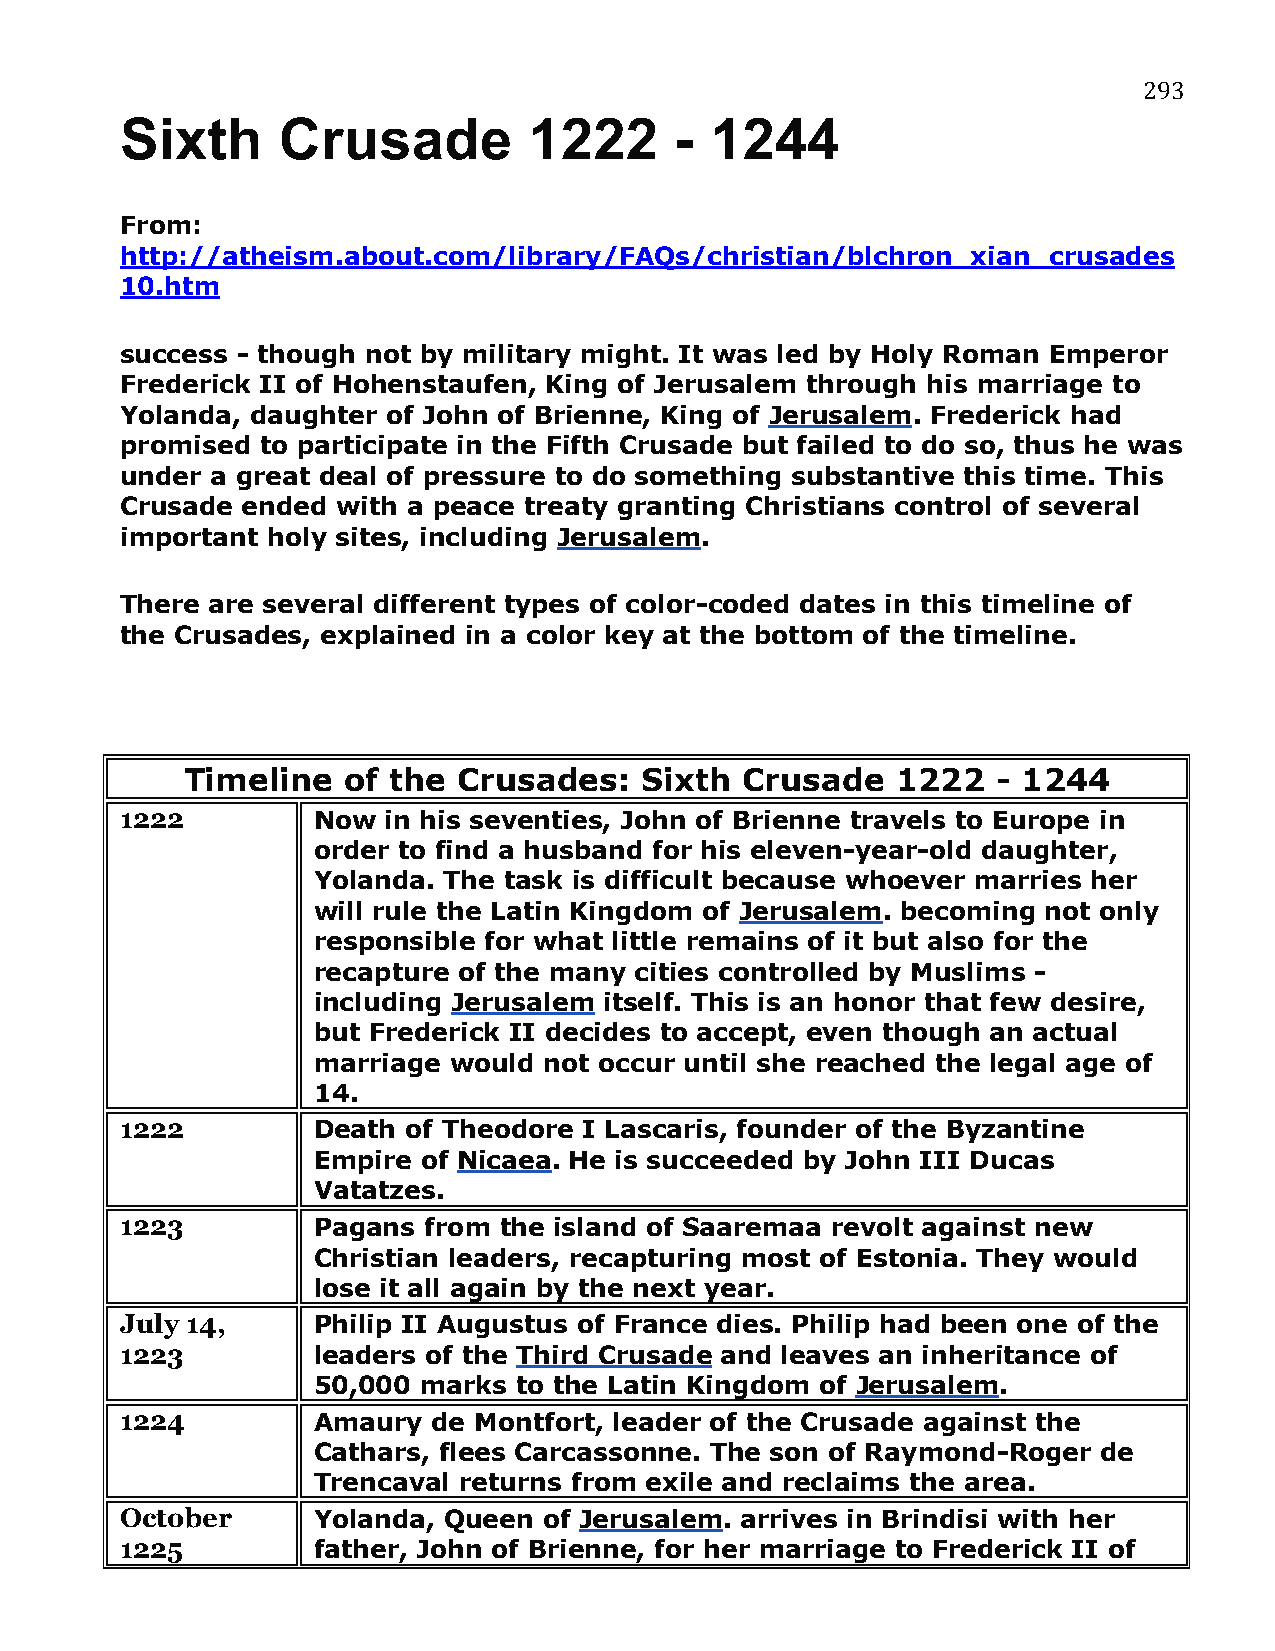
293
 Sixth     Crusade          1222      - 1244
 From:
 http://atheism.about.com/library/FAQs/christian/blchron_xian_crusades
 10.htm
 success - though not by military might. It was led by Holy Roman Emperor
 Frederick II of Hohenstaufen, King of Jerusalem through his marriage to
 Yolanda, daughter of John of Brienne, King of Jerusalem. Frederick had
 promised to participate in the Fifth Crusade but failed to do so, thus he was
 under a great deal of pressure to do something substantive this time. This
 Crusade ended with a peace treaty granting Christians control of several
 important holy sites, including Jerusalem.
 There are several different types of color-coded dates in this timeline of
 the Crusades, explained in a color key at the bottom of the timeline.
 Timeline   of the Crusades:    Sixth Crusade   1222   - 1244
 1222         Now  in his seventies, John of Brienne travels to Europe in
 order to find a husband for his eleven-year-old daughter,
 Yolanda. The task is difficult because whoever marries her
 will rule the Latin Kingdom of Jerusalem. becoming not only
 responsible for what little remains of it but also for the
 recapture of the many cities controlled by Muslims -
 including Jerusalem itself. This is an honor that few desire,
 but Frederick II decides to accept, even though an actual
 marriage would not occur until she reached the legal age of
 14.
 1222         Death of Theodore I Lascaris, founder of the Byzantine
 Empire of Nicaea. He is succeeded by John III Ducas
 Vatatzes.
 1223         Pagans from the island of Saaremaa revolt against new
 Christian leaders, recapturing most of Estonia. They would
 lose it all again by the next year.
 July 14,     Philip II Augustus of France dies. Philip had been one of the
 1223         leaders of the Third Crusade and leaves an inheritance of
 50,000 marks to the Latin Kingdom of Jerusalem.
 1224         Amaury  de Montfort, leader of the Crusade against the
 Cathars, flees Carcassonne. The son of Raymond-Roger de
 Trencaval returns from exile and reclaims the area.
 October      Yolanda, Queen of Jerusalem. arrives in Brindisi with her
 1225         father, John of Brienne, for her marriage to Frederick II of